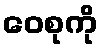
ဝေစုကို